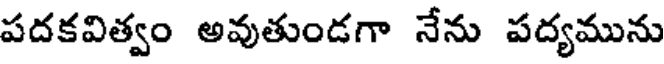
పదకవిత్వం అవుతుండగా నేను పద్యమును